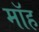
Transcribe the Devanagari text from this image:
मॉह